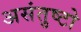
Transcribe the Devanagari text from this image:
असंतुष्टो